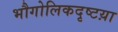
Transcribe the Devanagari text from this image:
भौगोलिकदृष्टय़ा